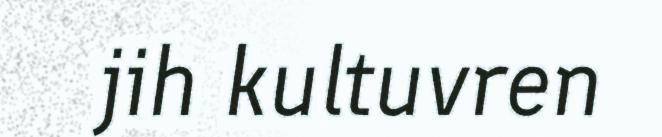
jih kultuvren